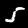
Label: 5